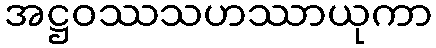
အဋ္ဌဝဿသဟဿာယုကာ